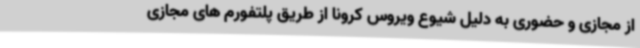
از مجازی و حضوری به دلیل شیوع ویروس کرونا از طریق پلتفورم های مجازی